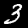
Digit: 3